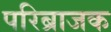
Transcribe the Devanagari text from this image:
परिब्राजक